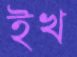
ইখ